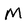
Character: M